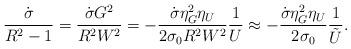
LaTeX: \begin{align*}\frac{\dot{\sigma}}{R^2-1} = \frac{\dot{\sigma} G^2}{R^2 W^2} =-\frac{\dot{\sigma} \eta_G^2 \eta_U}{2 \sigma_0 R^2 W^2} \frac{1}{U}\approx -\frac{\dot{\sigma} \eta_G^2 \eta_U}{2 \sigma_0}\frac{1}{\tilde{U}}.\end{align*}